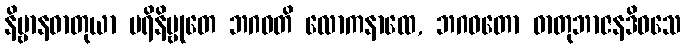
နိဗ္ဗာနဓာတုယာ ပရိနိဗ္ဗုတေ ဘဂဝတိ လောကနာထေ, ဘဂဝတော ဓာတုဘာဇနဒိဝသေ